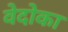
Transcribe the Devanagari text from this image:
वेदोका